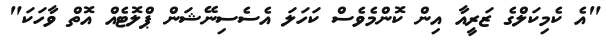
"އެ ކެމިކަލްގެ ޒަރީއާ އިން ކޮންމެވެސް ކަހަލަ އެސެސިނޭޝަން ޕްލޮޓެއް އޮތް ވާހަކަ"